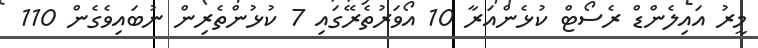
މީރު އައިލެންޑް ރެސޯޓް ކުޅެންއަރާ 10 އޯވަރުތެރޭގައި 7 ކުޅުންތެރިން ނުބައިވެގެން 110